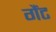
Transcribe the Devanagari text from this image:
गैंट